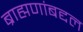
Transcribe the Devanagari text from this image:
ब्राह्मणांबद्दल